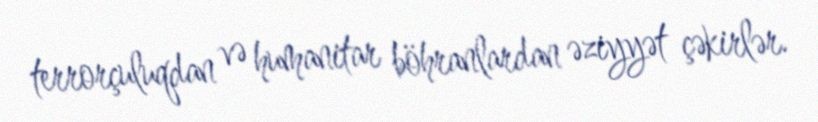
terrorçuluqdan və humanitar böhranlardan əziyyət çəkirlər.